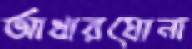
আধারঘোনা